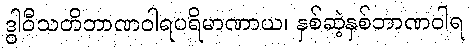
ဒွါဝီသတိဘာဏဝါရပရိမာဏာယ၊ နှစ်ဆဲ့နှစ်ဘာဏဝါရ